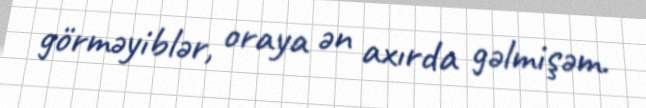
görməyiblər, oraya ən axırda gəlmişəm.